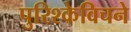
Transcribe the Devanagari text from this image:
पुरिश्केविचने